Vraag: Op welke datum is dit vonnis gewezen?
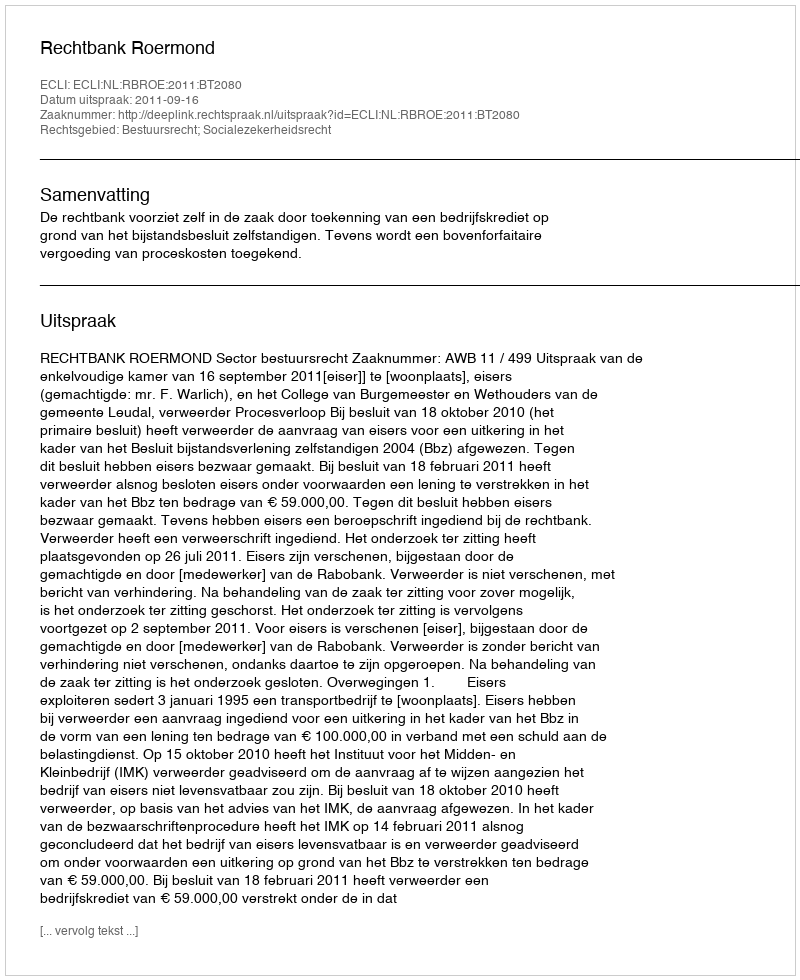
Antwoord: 2011-09-16